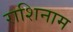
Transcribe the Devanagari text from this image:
राशिनाम